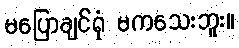
မပြောချင်ရုံ မကသေးဘူး။